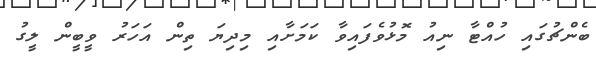
ބެންޗުގައި ހުއްޓާ ނިއު މޮޅުވެފައިވާ ކަމަށާއި މިދިޔަ ތިން އަހަރު ވީބީން ލީގު